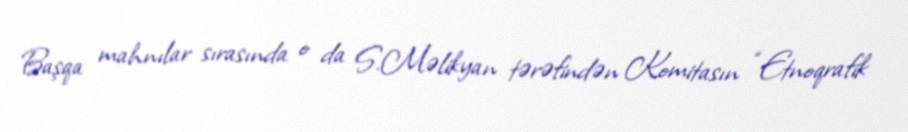
Başqa mahnılar sırasında o da S.Məlikyan tərəfindən Komitasın “Etnoqrafik